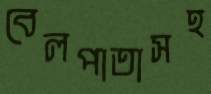
বেলপাতাসহ